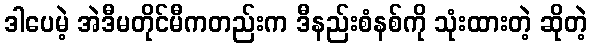
ဒါပေမဲ့ အဲဒီမတိုင်မီကတည်းက ဒီနည်းစံနစ်ကို သုံးထားတဲ့ ဆိုတဲ့